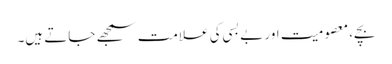
بچے، معصومیت اور بے بسی کی علامت سمجھے جاتے ہیں۔